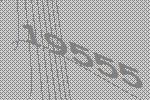
19555